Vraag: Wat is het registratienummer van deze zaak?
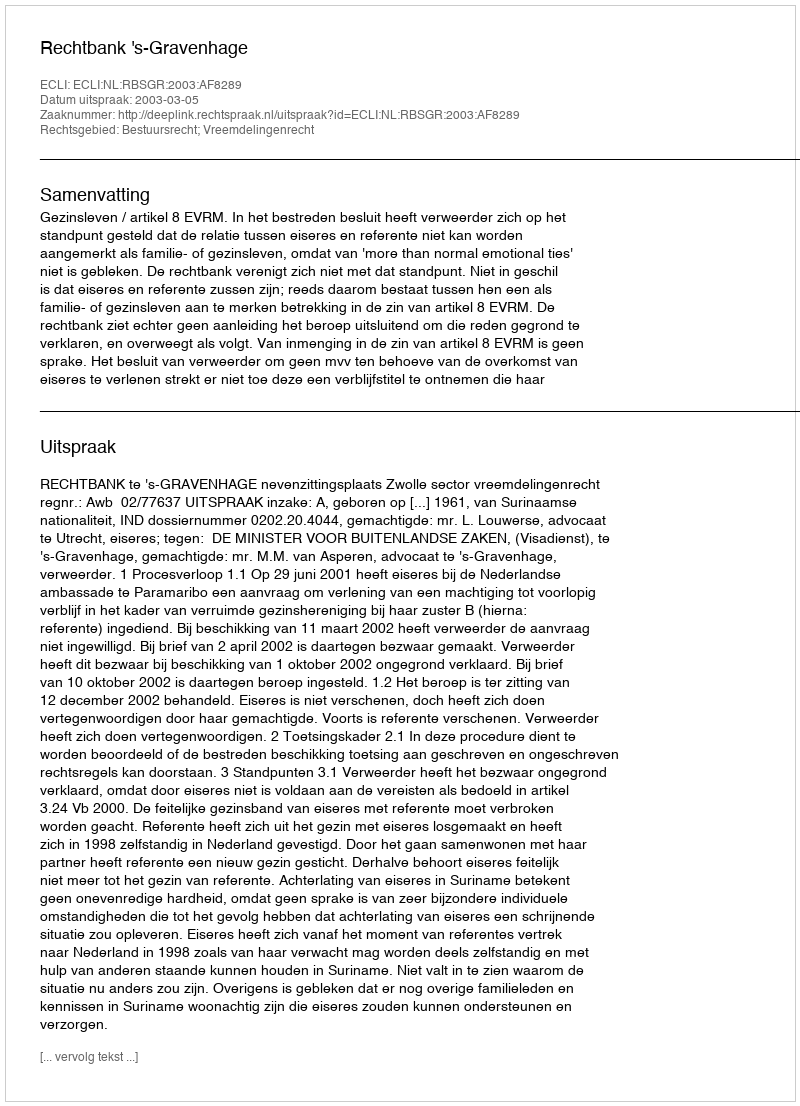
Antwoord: http://deeplink.rechtspraak.nl/uitspraak?id=ECLI:NL:RBSGR:2003:AF8289